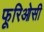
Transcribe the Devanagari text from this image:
फूरिओसी